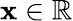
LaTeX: \mathbf{x}\in\mathbb{{R}}